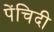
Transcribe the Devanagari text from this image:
पेंचिदी